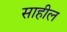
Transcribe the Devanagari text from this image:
साहील